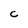
Character: C